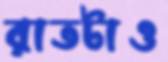
রাতটাও